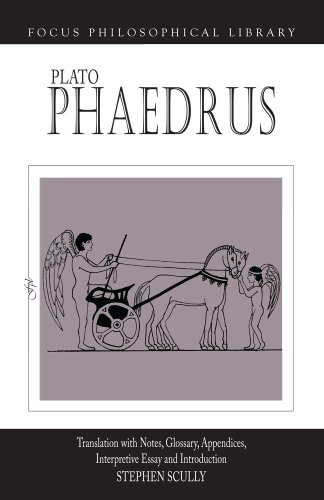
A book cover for Plato : Phaedrus: A Translation With Notes, Glossary, Appendices, Interpretive Essay and Introduction (Focus Philosophical Library); Plato; History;